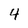
Character: 4